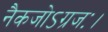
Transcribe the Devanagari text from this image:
नैकजोऽग्रजः।